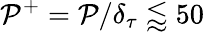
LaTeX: \mathcal{P}^{+}=\mathcal{P}/\delta_{\tau}\lessapprox50